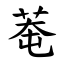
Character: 䓐